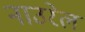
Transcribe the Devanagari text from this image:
नाउरेल